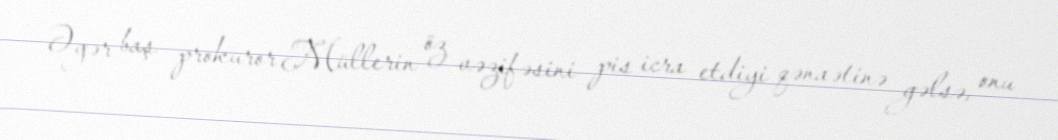
Əgər baş prokuror Müllerin öz vəzifəsini pis icra etdiyi qənaətinə gəlsə, onu